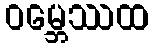
ဝမ္ဘေဿထ